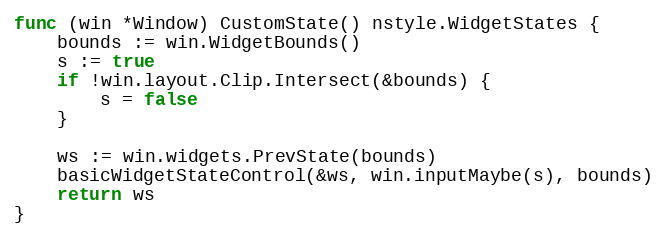
Language: Go
func (win *Window) CustomState() nstyle.WidgetStates {
	bounds := win.WidgetBounds()
	s := true
	if !win.layout.Clip.Intersect(&bounds) {
		s = false
	}

	ws := win.widgets.PrevState(bounds)
	basicWidgetStateControl(&ws, win.inputMaybe(s), bounds)
	return ws
}